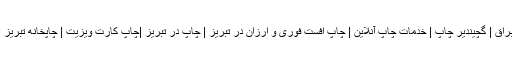
لیبل سلفون براق | گچیندیر چاپ | خدمات چاپ آنلاین | چاپ افست فوری و ارزان در تبریز | چاپ در تبریز |چاپ کارت ویزیت | چاپخانه تبریز | چاپ تقویم